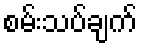
စမ်းသပ်ချက်